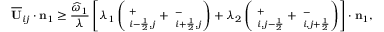
\overline { { \mathbf { U } } } _ { i j } \cdot \mathbf { n } _ { 1 } \ge \frac { \widehat { \omega } _ { 1 } } { \lambda } \left[ \lambda _ { 1 } \left( { \bf \Pi } _ { i - \frac { 1 } { 2 } , j } ^ { + } + { \bf \Pi } _ { i + \frac { 1 } { 2 } , j } ^ { - } \right) + \lambda _ { 2 } \left( { \bf \Pi } _ { i , j - \frac { 1 } { 2 } } ^ { + } + { \bf \Pi } _ { i , j + \frac { 1 } { 2 } } ^ { - } \right) \right] \cdot \mathbf { n } _ { 1 } ,